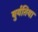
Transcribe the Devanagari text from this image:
बुर्यतिया